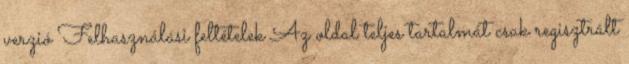
verzió Felhasználási feltételek Az oldal teljes tartalmát csak regisztrált